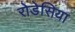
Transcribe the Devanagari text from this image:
रोडेसिया